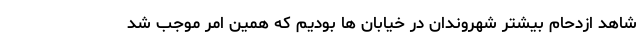
شاهد ازدحام بیشتر شهروندان در خیابان ها بودیم که همین امر موجب شد